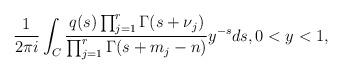
LaTeX: \begin{align*} \frac{1}{2\pi i} \int_{C} \frac{q(s) \prod_{j=1}^r \Gamma(s+\nu_j)}{\prod_{j=1}^r \Gamma(s+m_j-n)} y^{-s} ds, 0 < y < 1, \end{align*}